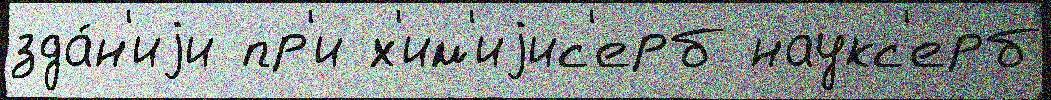
зда́н'иjи пр'и х'им'иjис'ерб наукс'ерб